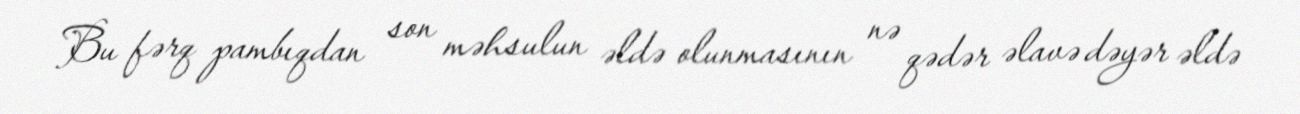
Bu fərq pambıqdan son məhsulun əldə olunmasının nə qədər əlavə dəyər əldə